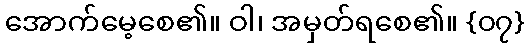
အောက်မေ့စေ၏။ ဝါ၊ အမှတ်ရစေ၏။ {၀၇}